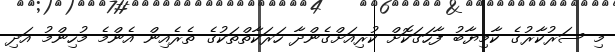
މި ސަރުކާރުގެ ކާމިޔާބު ފާހަގަކޮށް ކުރިއަށްގެންދާ ހަރަކާތްތަކުގެ ތެރެއިން އެންމެ މުހިންމު އަދި